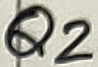
Text: Q2